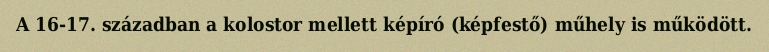
A 16-17. században a kolostor mellett képíró (képfestő) műhely is működött.